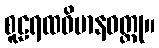
စူဠရထဝိမာနဝတ္ထု။